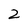
Character: 2